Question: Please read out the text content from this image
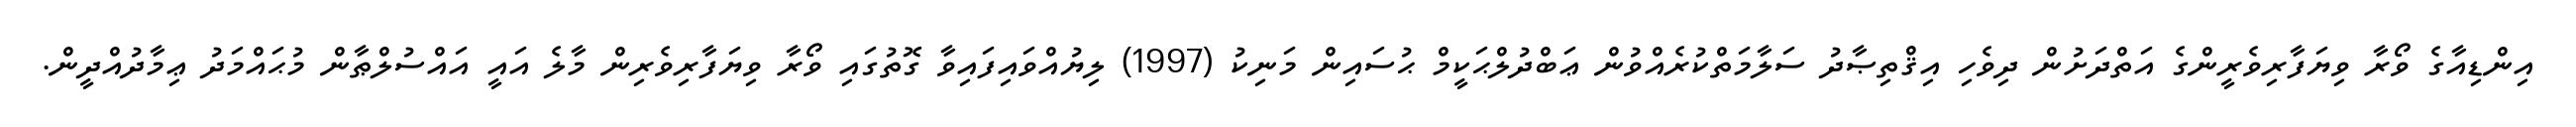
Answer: އިންޑިއާގެ ވޯރާ ވިޔަފާރިވެރީންގެ އަތްދަށުން ދިވެހި އިޤްތިޞާދު ސަލާމަތްކުރެއްވުން ޢަބްދުލްޙަކީމް ޙުސައިން މަނިކު (1997) ލިޔުއްވައިފައިވާ ގޮތުގައި ވޯރާ ވިޔަފާރިވެރިން މާލެ އައީ އައްސުލްޠާން މުޙައްމަދު ޢިމާދުއްދީން.